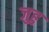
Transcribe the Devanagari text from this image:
जुहु